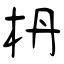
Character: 枬